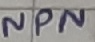
Text: NPN